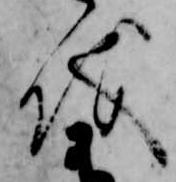
儀